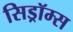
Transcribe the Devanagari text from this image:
सिड्रॉम्स